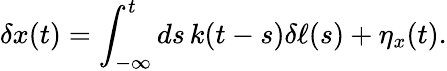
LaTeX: \delta x(t)=\int_{-\infty}^{t}ds\, k(t-s)\delta\ell(s)+\eta_{x}(t).